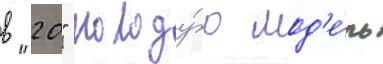
в "20" молоду́ю мод'е́ль